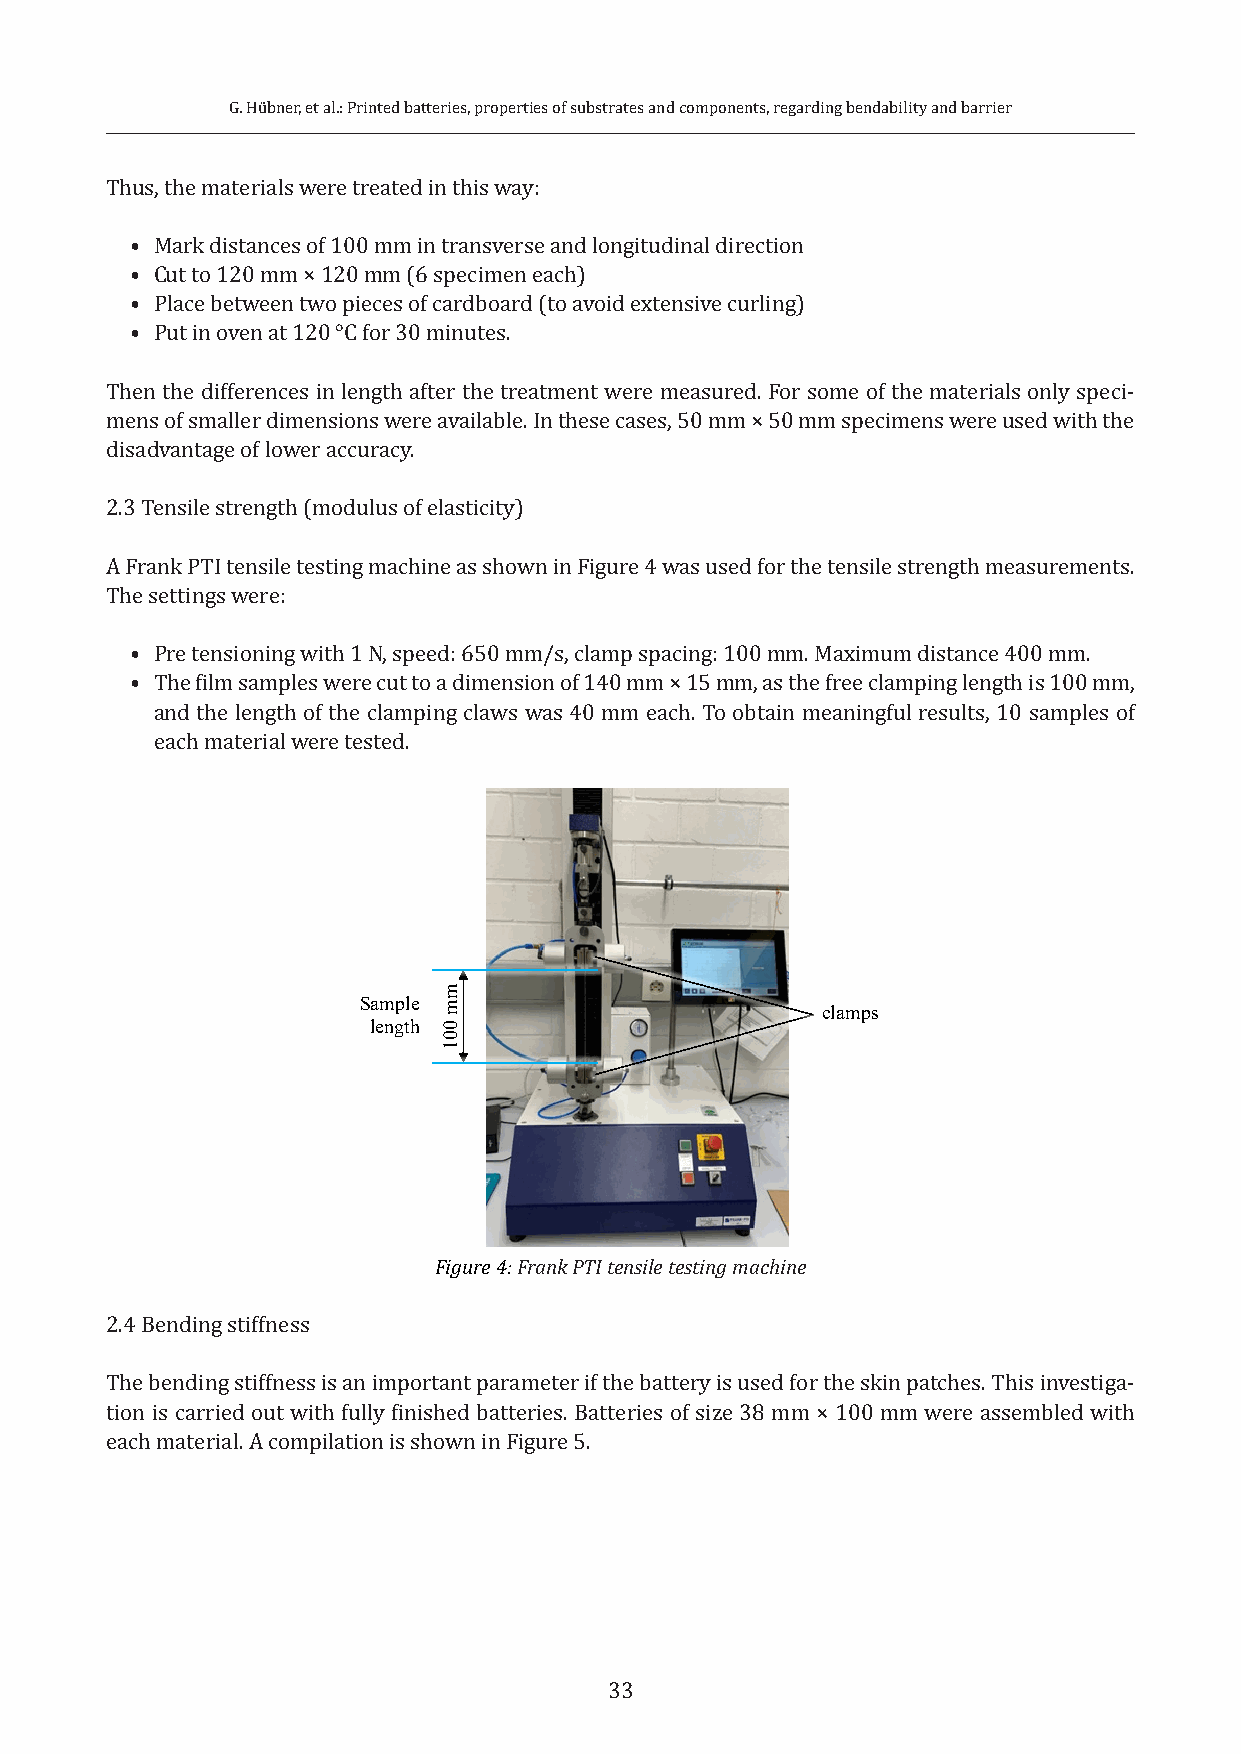
G. Hübner, et al.: Printed batteries, properties of substrates and components, regarding bendability and barrier
 Thus, the materials were treated in this way:
 • Mark distances of 100 mm in transverse and longitudinal direction
 • Cut to 120 mm × 120 mm (6 specimen each)
 • Place between two pieces of cardboard (to avoid extensive curling)
 • Put in oven at 120 °C for 30 minutes.
 Then the differences in length after the treatment were measured. For some of the materials only speci-
 mens of smaller dimensions were available. In these cases, 50 mm × 50 mm specimens were used with the
 disadvantage of lower accuracy.
 2.3 Tensile strength (modulus of elasticity)
 A Frank PTI tensile testing machine as shown in Figure 4 was used for the tensile strength measurements.
 The settings were:
 • Pre tensioning with 1 N, speed: 650 mm/s, clamp spacing: 100 mm. Maximum distance 400 mm.
 • The film samples were cut to a dimension of 140 mm × 15 mm, as the free clamping length is 100 mm,
 and the length of the clamping claws was 40 mm each. To obtain meaningful results, 10 samples of
 each material were tested.
 Sample
 clamps
 length
 Figure 4: Frank PTI tensile testing machine
 2.4 Bending stiffness
 The bending stiffness is an important parameter if the battery is used for the skin patches. This investiga-
 tion is carried out with fully finished batteries. Batteries of size 38 mm × 100 mm were assembled with
 each material. A compilation is shown in Figure 5.
 33
 mm
 001